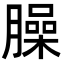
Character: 臊